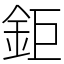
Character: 鉅